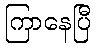
ကြာနေပြီ